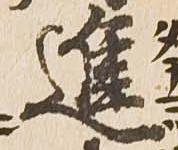
進